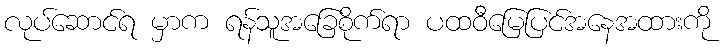
လုပ်ဆောင်ရ မှာက ရန်သူအခြေစိုက်ရာ ပထဝီမြေပြင်အနေအထားကို